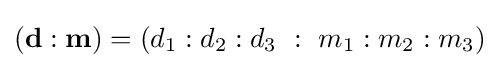
(\mathbf {d} :\mathbf {m} )=(d_{1}:d_{2}:d_{3}\ :\ m_{1}:m_{2}:m_{3})